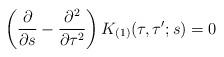
LaTeX: \begin{align*}\left(\frac{\partial}{\partial s}-\frac{\partial^2}{\partial\tau^2}\right)K_{(1)}(\tau,\tau';s)=0\end{align*}